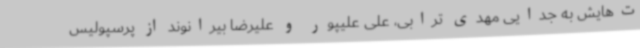
ت‌هایش به جدایی مهدی ترابی، علی علیپور و علیرضا بیرانوند از پرسپولیس